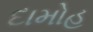
દામોહ